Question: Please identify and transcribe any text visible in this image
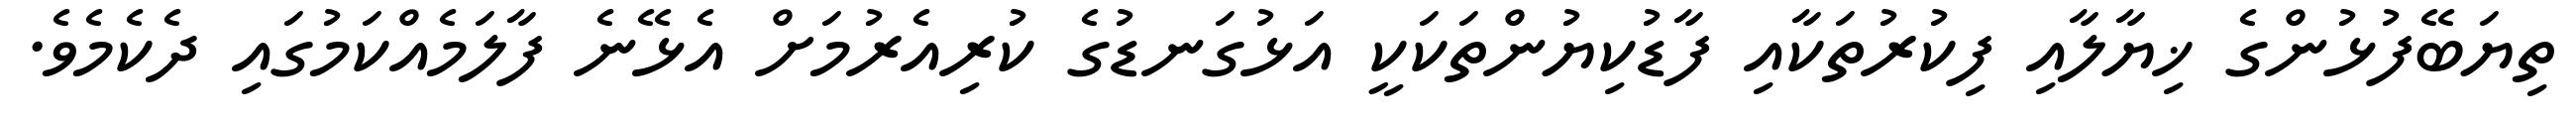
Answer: ތިޔަބޭފުޅުންގެ ޚިޔާލާއި ފިކުރުތަކާއި ފާޑުކިޔުންތަކަކީ އަޅުގަނޑުގެ ކުރިއެރުމަށް އެޅޭނެ ފާލަމެއްކަމުގައި ދެކެމެވެ.